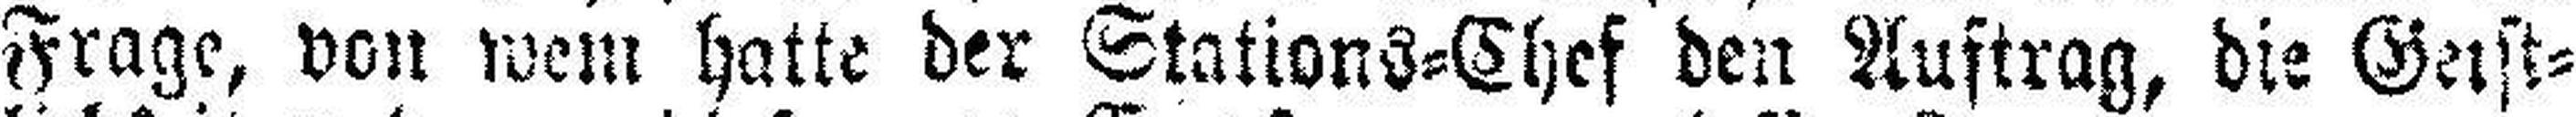
Frage, von wem hatte der Stations=Chef den Auftrag, die Geist¬